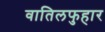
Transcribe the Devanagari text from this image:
वातिलफुहार